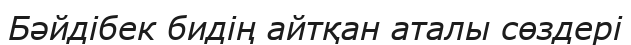
Бәйдібек бидің айтқан аталы сөздері